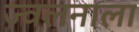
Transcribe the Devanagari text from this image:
ज्वलनाला